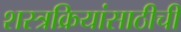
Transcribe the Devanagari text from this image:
शस्त्रक्रियांसाठीची